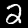
Label: 2